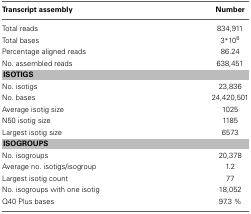
<table><thead><tr><td><b>Transcript assembly</b></td><td><b>Number</b></td></tr></thead><tbody><tr><td>Total reads</td><td>834,911</td></tr><tr><td>Total bases</td><td>3<sup>*</sup>10<sup>8</sup></td></tr><tr><td>Percentage aligned reads</td><td>86.24</td></tr><tr><td>No. assembled reads</td><td>638,451</td></tr><tr><td colspan="2"><b>ISOTIGS</b></td></tr><tr><td>No. isotigs</td><td>23,836</td></tr><tr><td>No. bases</td><td>24,420,501</td></tr><tr><td>Average isotig size</td><td>1025</td></tr><tr><td>N50 isotig size</td><td>1185</td></tr><tr><td>Largest isotig size</td><td>6573</td></tr><tr><td colspan="2"><b>ISOGROUPS</b></td></tr><tr><td>No. isogroups</td><td>20,378</td></tr><tr><td>Average no. isotigs/isogroup</td><td>1.2</td></tr><tr><td>Largest isotig count</td><td>77</td></tr><tr><td>No. isogroups with one isotig</td><td>18,052</td></tr><tr><td>Q40 Plus bases</td><td>97.3 %</td></tr></tbody></table>